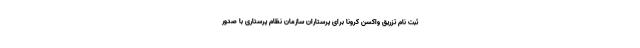
ثبت نام تزریق واکسن کرونا برای پرستاران سازمان نظام پرستاری با صدور